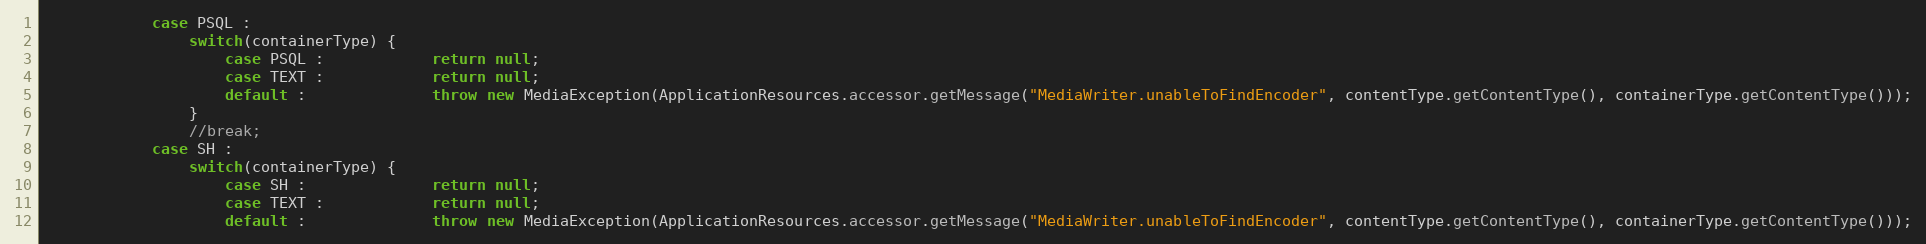
Language: Java
			case PSQL :
				switch(containerType) {
					case PSQL :            return null;
					case TEXT :            return null;
					default :              throw new MediaException(ApplicationResources.accessor.getMessage("MediaWriter.unableToFindEncoder", contentType.getContentType(), containerType.getContentType()));
				}
				//break;
			case SH :
				switch(containerType) {
					case SH :              return null;
					case TEXT :            return null;
					default :              throw new MediaException(ApplicationResources.accessor.getMessage("MediaWriter.unableToFindEncoder", contentType.getContentType(), containerType.getContentType()));